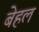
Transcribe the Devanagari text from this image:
बेहल